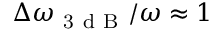
\Delta \omega _ { \mathrm { ~ 3 ~ d ~ B ~ } } / \omega \approx 1